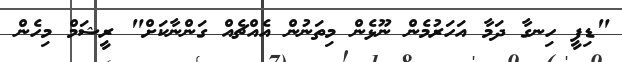
"ޑިފީ ހިނގާ ދަމާ އަހަރުމެން ނޫޅެން މިތަނުން އެއްޗެއް ގަންނާކަށް" ރީޝަމް މިހެން